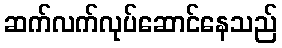
ဆက်လက်လုပ်ဆောင်နေသည်